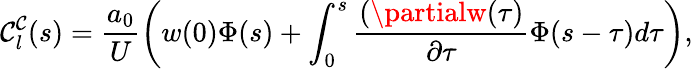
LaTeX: \mathcal{C}_{l}^{\mathcal{C}}(s)=\frac{{a_{0}}}{{U}}\bigg(w(0)\Phi(s)+\int_{0}^{s}\frac{{(\partialw(\tau)}}{{\partial\tau}}\Phi(s-\tau)d\tau\bigg),